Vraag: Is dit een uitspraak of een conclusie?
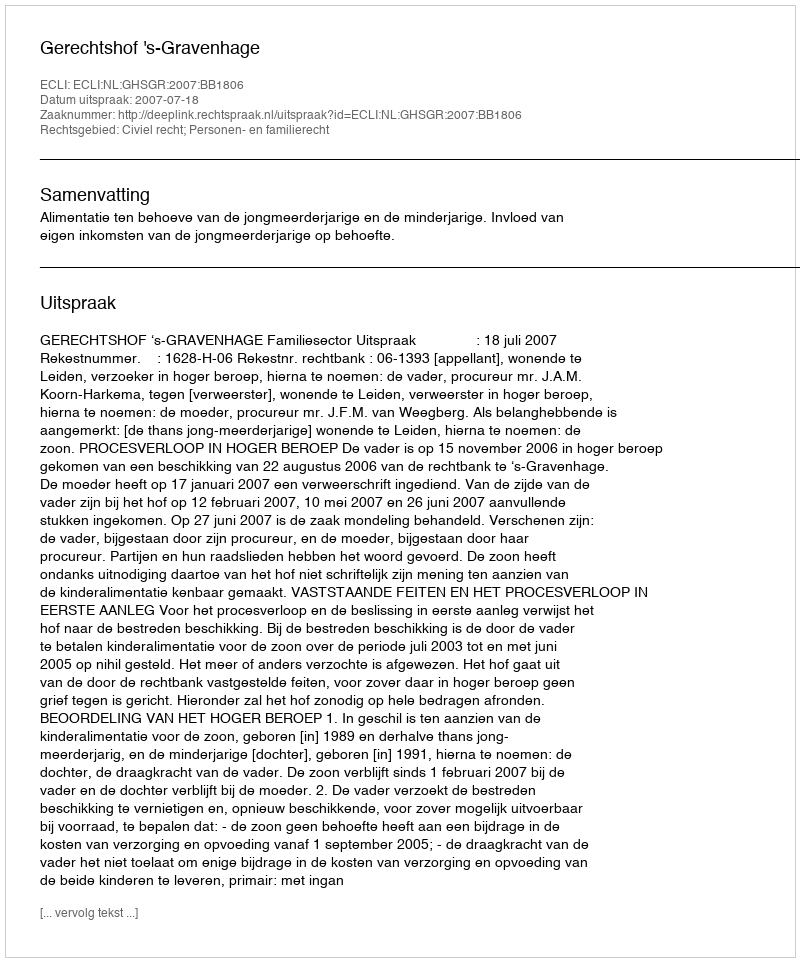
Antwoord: Uitspraak